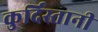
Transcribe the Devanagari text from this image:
कुर्दिस्तानी